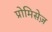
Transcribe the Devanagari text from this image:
प्रोमिसेज़